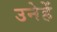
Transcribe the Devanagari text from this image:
उनेहें